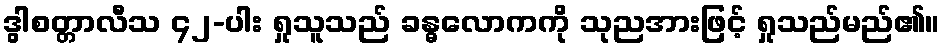
ဒွါစတ္တာလီသ ၄၂-ပါး ရှုသူသည် ခန္ဓလောကကို သုညအားဖြင့် ရှုသည်မည်၏။